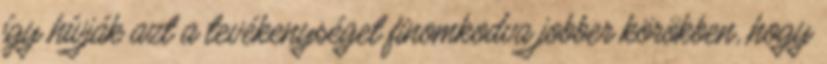
így hívják azt a tevékenységet finomkodva jobber körökben, hogy